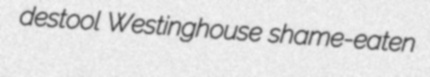
destool Westinghouse shame-eaten